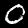
Label: 0